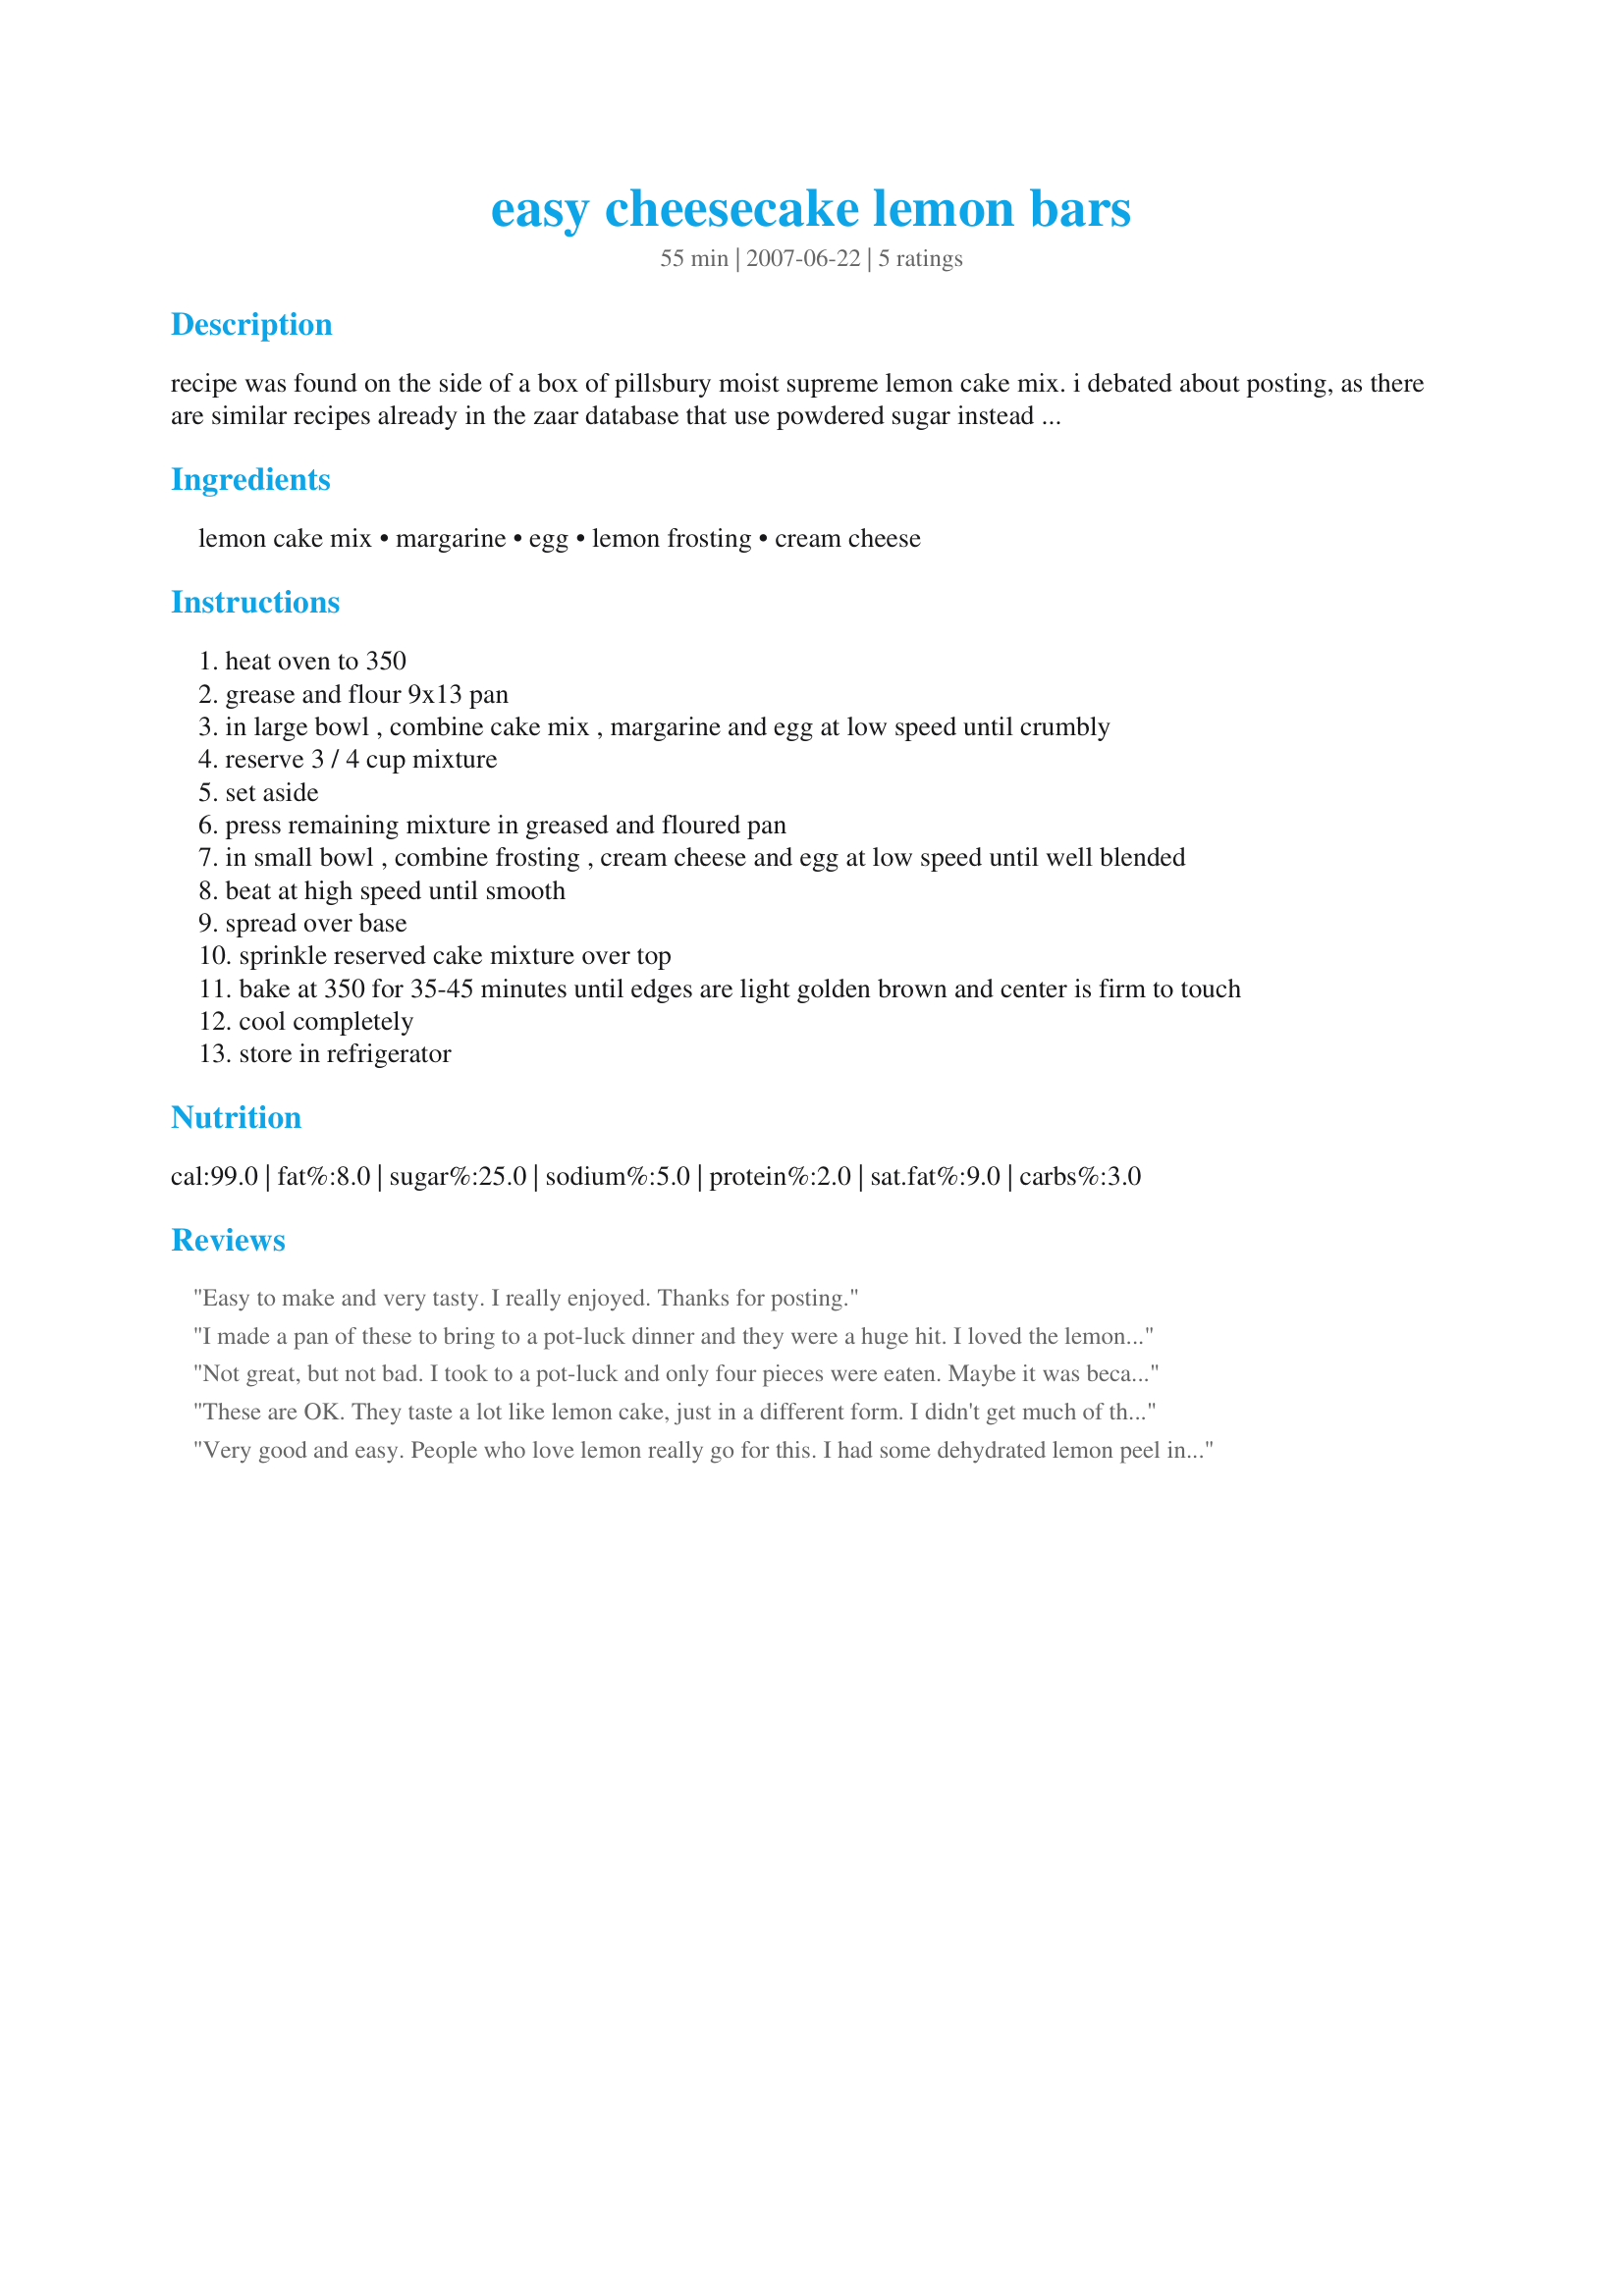
easy cheesecake lemon bars
Preparation time: 55 minutes

recipe was found on the side of a box of pillsbury moist supreme lemon cake mix. i debated about posting, as there are similar recipes already in the zaar database that use powdered sugar instead of the canned frosting in the cheesecake layer. i prepared these as a quick, last minute offering for hubby to take to a local function, and didn't get to taste myself. however, he told me that my pan was one of the first things empty on the dessert table. i hope that means they were good. :)

Ingredients:
lemon cake mix, margarine, egg, lemon frosting, cream cheese

Steps:
heat oven to 350
grease and flour 9x13 pan
in large bowl , combine cake mix , margarine and egg at low speed until crumbly
reserve 3 / 4 cup mixture
set aside
press remaining mixture in greased and floured pan
in small bowl , combine frosting , cream cheese and egg at low speed until well blended
beat at high speed until smooth
spread over base
sprinkle reserved cake mixture over top
bake at 350 for 35-45 minutes until edges are light golden brown and center is firm to touch
cool completely
store in refrigerator

Reviews:
Easy to make and very tasty. I really enjoyed. Thanks for posting.
I made a pan of these to bring to a pot-luck dinner and they were a huge hit. I loved the lemon flavor in the base & in the topping. I have made the version that calls for powdered sugar instead of icing, but I think I prefer these as they don't seem to be quite as sweet as the powdered sugar version. Very simple to throw together and no one knows it starts from a cake mix - they all thought it was a "scratch" recipe. Thanks for posting this recipe, Ms Bold!
Not great, but not bad. I took to a pot-luck and only four pieces were eaten. Maybe it was because I made it in the wrong season. I decided to make this because I had all the ingredients and it was very easy.
These are OK. They taste a lot like lemon cake, just in a different form. I didn't get much of the cheesecake flavor. Very easy to make though, and a nice presentation.
Very good and easy. People who love lemon really go for this. I had some dehydrated lemon peel in my spice drawer, so I added some to the base layer. Yum!
